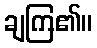
ချကြ၏။